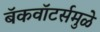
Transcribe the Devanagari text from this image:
बॅकवॉटर्समुळे